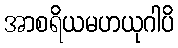
အာစရိယမဟယုဂါပိ